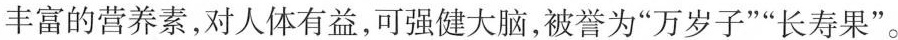
丰富的营养素，对人体有益，可强健大脑，被誉为“万岁子”“长寿果”。